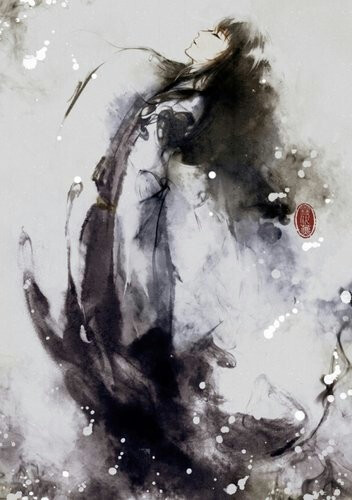
五马如飞龙，青丝结金络。